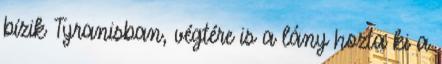
bízik Tyranisban, végtére is a lány hozta ki a